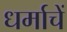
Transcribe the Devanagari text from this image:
धर्माचें